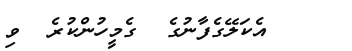
އެކަލޭގެފާނުގެ  ގެމީހުންކުރެ  ވި